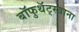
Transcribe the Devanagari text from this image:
बॉफुथॅट्स्वाना